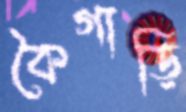
কৈগাড়ি